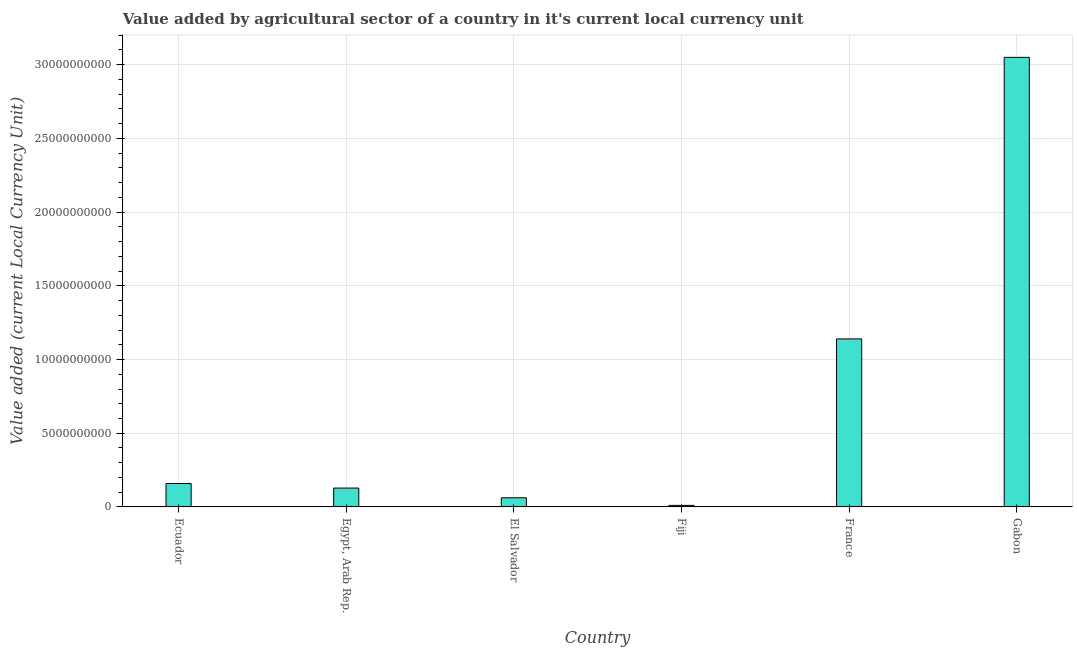
| Country | Agriculture |
 | --- | --- |
 | Ecuador | 1.59e+09 |
 | Egypt, Arab Rep. | 1.28e+09 |
 | El Salvador | 6.21e+08 |
 | Fiji | 1.05e+08 |
 | France | 1.14e+10 |
 | Gabon | 3.05e+10 |